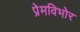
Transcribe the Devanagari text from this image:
प्रेमविभोर